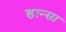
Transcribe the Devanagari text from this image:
हान्सा